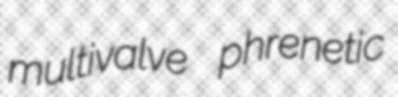
multivalve phrenetic